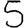
Digit: 5